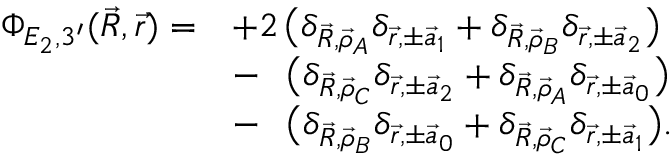
\begin{array} { r l } { \Phi _ { E _ { 2 } , 3 ^ { \prime } } ( \vec { R } , \vec { r } ) = } & { + 2 \, \big ( \delta _ { \vec { R } , \vec { \rho } _ { A } } \delta _ { \vec { r } , \pm \vec { a } _ { 1 } } + \delta _ { \vec { R } , \vec { \rho } _ { B } } \delta _ { \vec { r } , \pm \vec { a } _ { 2 } } \big ) } \\ & { - \phantom { 2 } \, \big ( \delta _ { \vec { R } , \vec { \rho } _ { C } } \delta _ { \vec { r } , \pm \vec { a } _ { 2 } } + \delta _ { \vec { R } , \vec { \rho } _ { A } } \delta _ { \vec { r } , \pm \vec { a } _ { 0 } } \big ) } \\ & { - \phantom { 2 } \, \big ( \delta _ { \vec { R } , \vec { \rho } _ { B } } \delta _ { \vec { r } , \pm \vec { a } _ { 0 } } + \delta _ { \vec { R } , \vec { \rho } _ { C } } \delta _ { \vec { r } , \pm \vec { a } _ { 1 } } \big ) . } \end{array}